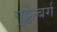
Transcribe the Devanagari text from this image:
गुट्टेन्बर्ग